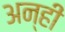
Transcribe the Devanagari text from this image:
अन्हीं